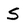
Character: S